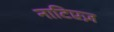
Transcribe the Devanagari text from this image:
नाटिएज़